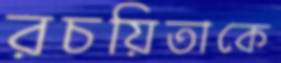
রচয়িতাকে